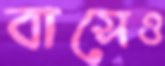
বাসেও